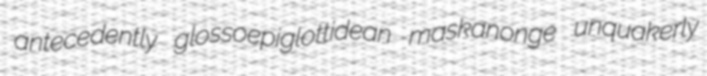
antecedently glossoepiglottidean maskanonge unquakerly